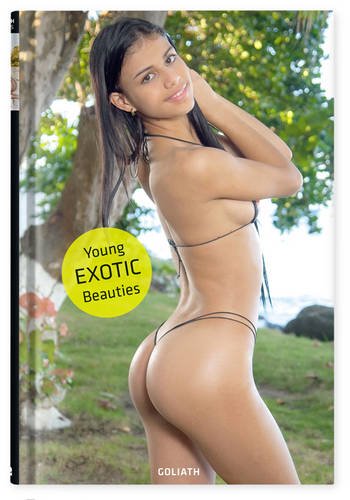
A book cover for Young Exotic Beauties; Arts & Photography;